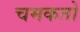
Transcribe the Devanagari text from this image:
चमकतो